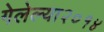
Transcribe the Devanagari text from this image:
गेलेल्या२०१४